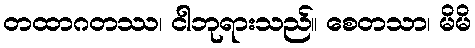
တထာဂတဿ၊ ငါဘုရားသည်။ စေတသာ၊ မိမိ